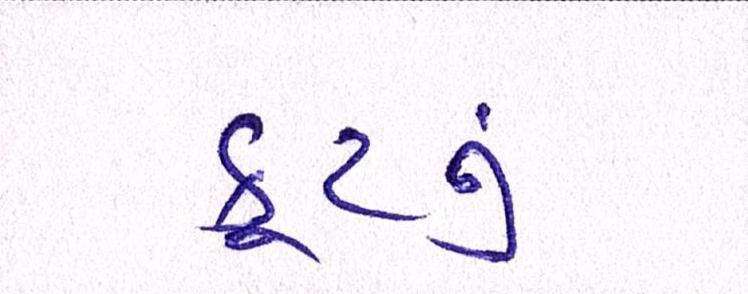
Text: ફૂટનું